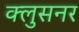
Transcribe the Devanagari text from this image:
क्लुसनर